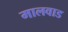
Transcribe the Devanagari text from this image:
मालवाड